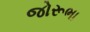
જોરૂભા